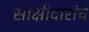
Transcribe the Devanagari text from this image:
साक्षीदारांचे